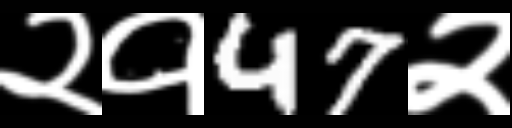
Text: २१47२